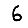
Digit: 6